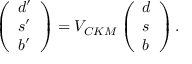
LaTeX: \left( \begin{array} { l } { { d ^ { \prime } } } \\ { { s ^ { \prime } } } \\ { { b ^ { \prime } } } \end{array} \right) = V _ { C K M } \left( \begin{array} { l } { { d } } \\ { { s } } \\ { { b } } \end{array} \right) .